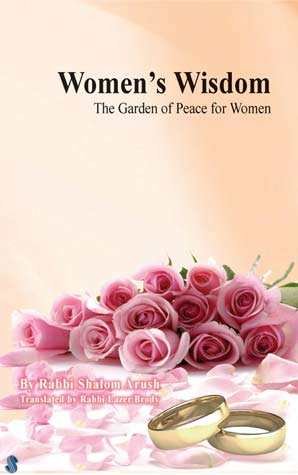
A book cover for Women's Wisdom: The Garden of Peace for Women; Shalom Arush; Crafts, Hobbies & Home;